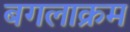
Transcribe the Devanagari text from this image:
बगलाक्रम